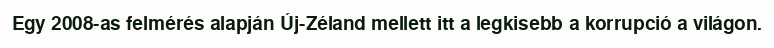
Egy 2008-as felmérés alapján Új-Zéland mellett itt a legkisebb a korrupció a világon.